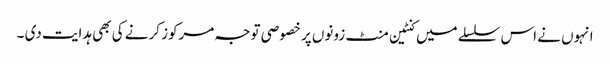
انہوں نے اس سلسلے میں کنٹین منٹ زونوں پر خصوصی توجہ مرکوز کرنے کی بھی ہدایت دی ۔